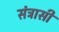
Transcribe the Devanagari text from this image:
संत्रासी